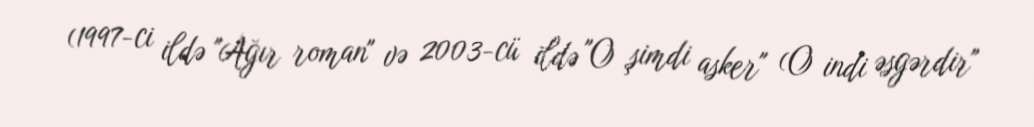
(1997-ci ildə "Ağır roman" və 2003-cü ildə "O şimdi asker" (O indi əsgərdir"